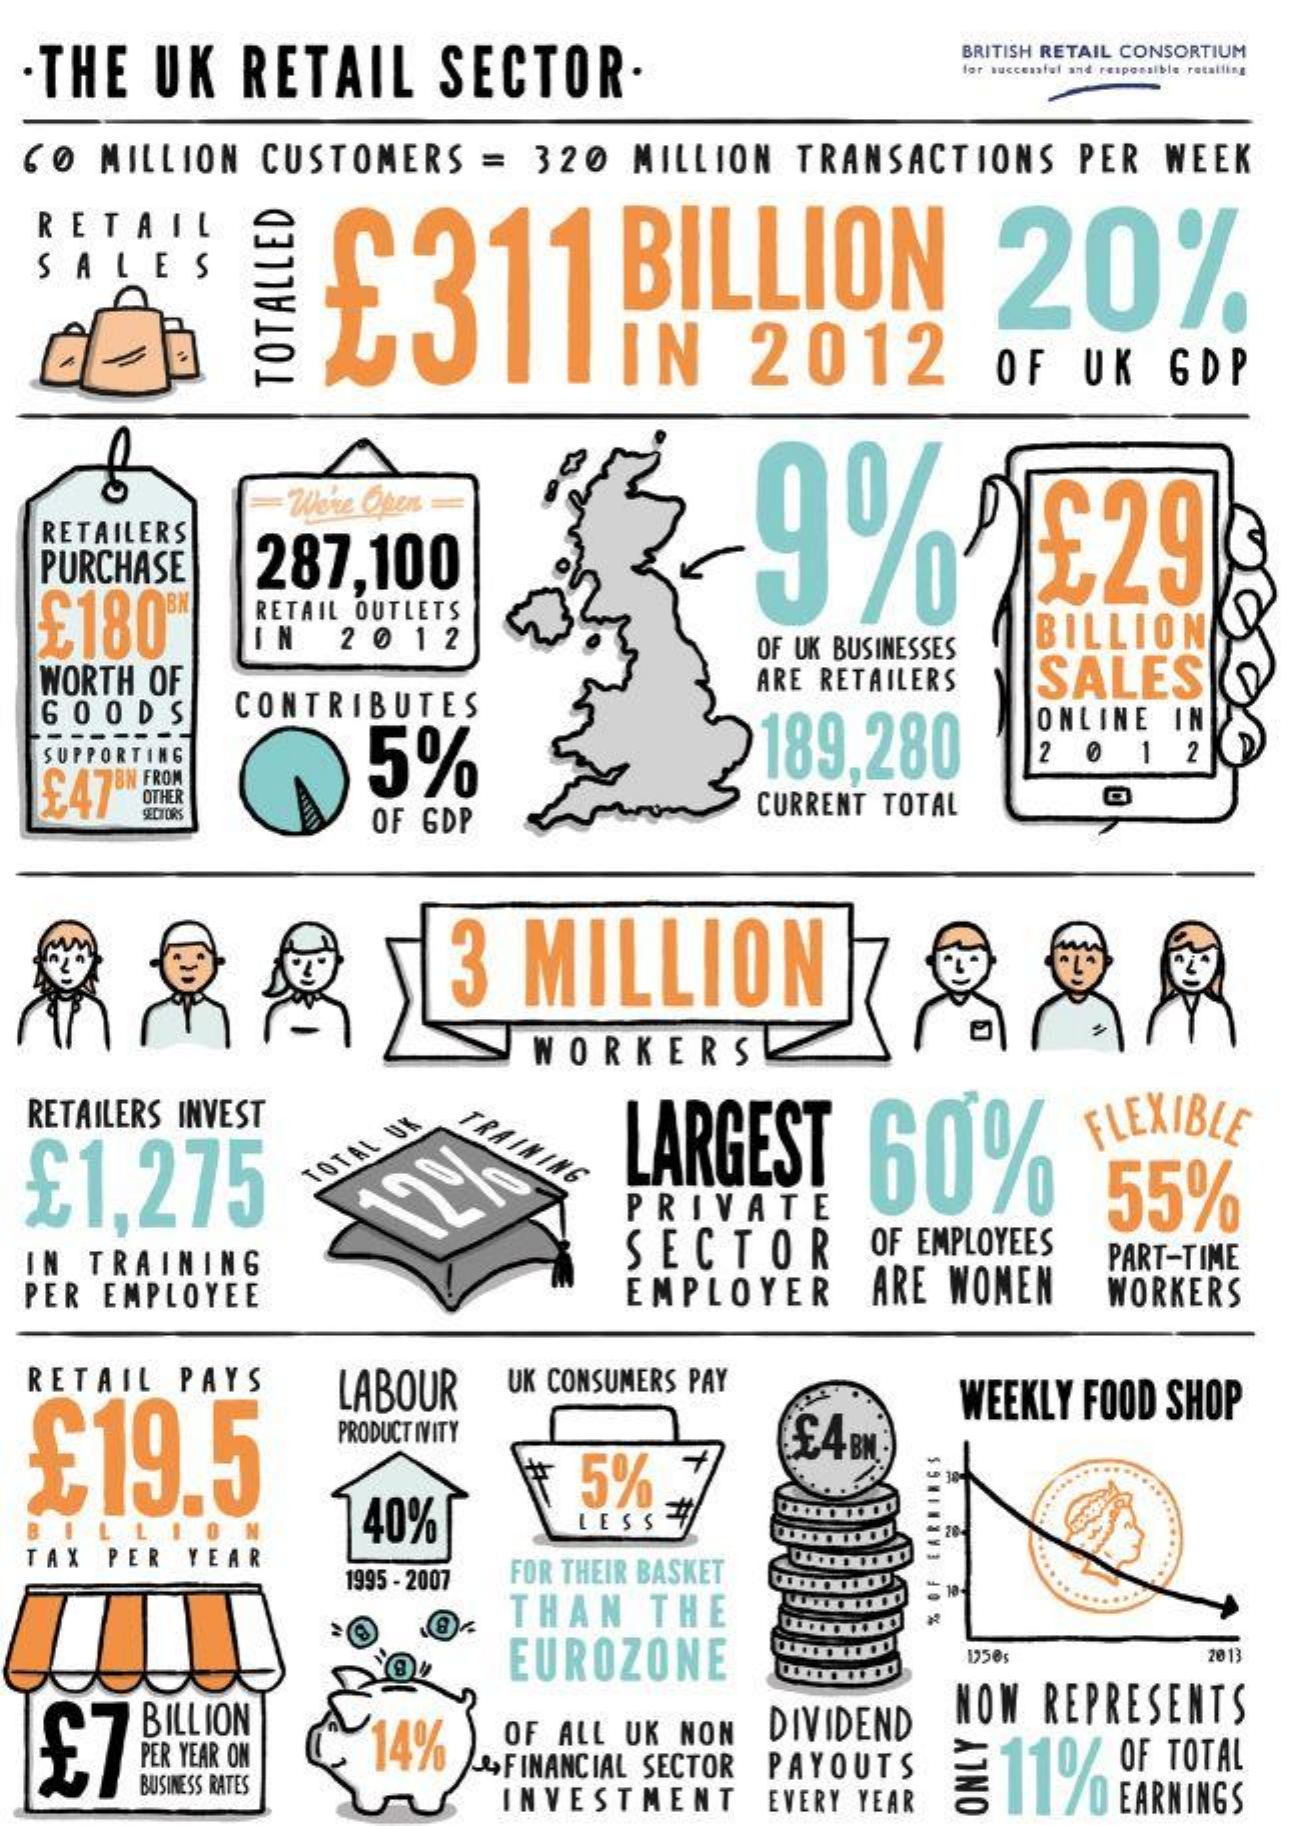
.THE UK RETAIL SECTOR.
     BRITISH RETAIL CONSORTIUM
     for successful and responsible recalling
  CO MILLION CUSTOMERS = 320 MILLION TRANSACTIONS PER WEEK
  RETAIL
     BILLION    20% SALES
     IN  2012    OF UK  GDP
     TOTALLED
     9%5£29
     Wore Open ==
  RETAILERS
  PURCHASE
  £180
     287,100
     RETAIL OUTLETS
     IN  2 0 12
  WORTH OF
     OF UK BUSINESSES
     BILLION
     ARE RETAILERS SALES
  GOODS   CONTRIBUTES
  SUPPOR
  £47'
     ING
     5%    189,280
     ONLINE IN
     2 @ 1 2
     OTHER
     OF GDP
     CURRENT TOTAL
     SECTORS
     3 MILLION
     WORKERS
  RETAILERS INVEST
     TRAINING £1,275 LARGEST 60%
     FLEXIBLE
     TOTAL
     UK
     PRIVATE    55%
  IN TRAINING    SECTOR   OF EMPLOYEES PART-TIME
  PER EMPLOYEE    EMPLOYER ARE WOMEN WORKERS
  RETAIL PAYS
  £19.5
     LABOUR UK CONSUMERS PAY
     WEEKLY FOOD SHOP
     PRODUCT IVITY
     40%
     5%
     £4 BM.
     LESS
  TAX PER A R
     1995 - 2007 FOR THEIR BASKET
     THAN  THE
     EUROZONE    1350    2013
  £7
     BILLION    NOW REPRESENTS
     PER YEAR ON 14% OF ALL UK NON DIVIDEND
     BUSINESS RATES
     & FINANCIAL SECTOR PAYOUTS 홍 11% OF TOTAL
     INVESTMENT EVERY YEAR   EARNINGS